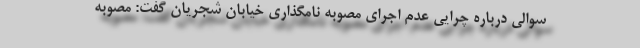
سوالی درباره چرایی عدم اجرای مصوبه نامگذاری خیابان شجریان گفت: مصوبه